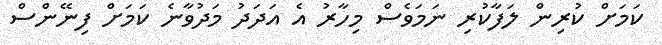
ކަމަށް ކުރިން ލަފާކުރި ނަމަވެސް މިހާރު އެ އަދަދު މަދުވާނެ ކަމަށް ފިނޭންސް